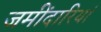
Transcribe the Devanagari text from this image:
जमींदारियां